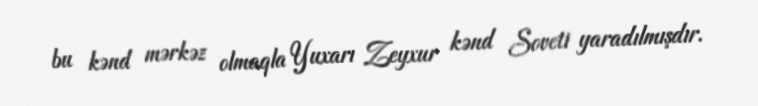
bu kənd mərkəz olmaqla Yuxarı Zeyxur kənd Soveti yaradılmışdır.